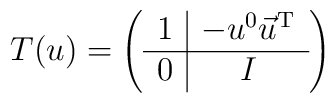
T(u) = \left(\begin{array}{c|c} 1 & -u^0 \vec{u}^{\mathrm{T}} \\ \hline 0 & I \end{array}\right)